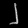
Digit: ၂